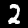
Digit: 2